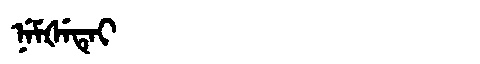
Manchu: ᠨᡝᠮᡧᡝᡨᡝᡳ
Romanization: NEMŠETEI